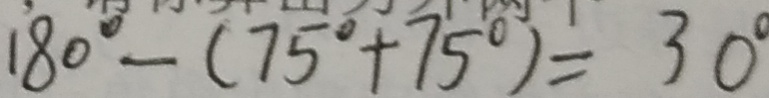
1 8 0 ^ { \circ } - ( 7 5 ^ { \circ } + 7 5 ^ { \circ } ) = 3 0 ^ { \circ }